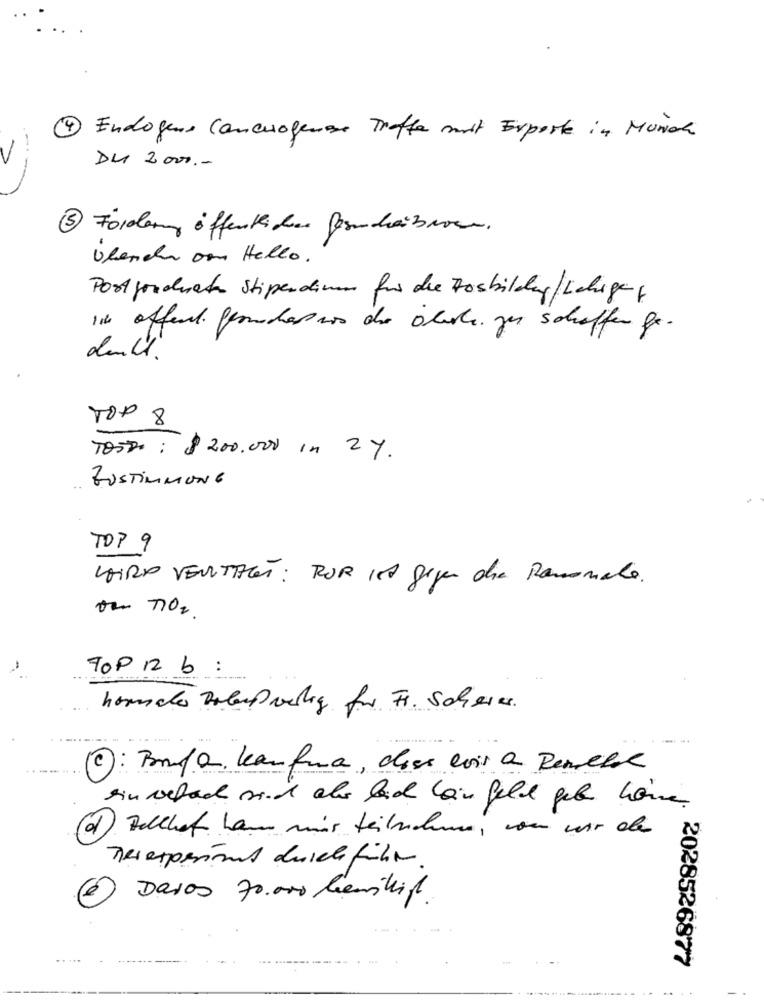
4 Endogene Cancerogenesi Treffe mit Exporte in Munde
DU 2000, -
----
3 Förderung öffentlichen Besucheizeven.
Ülenche Do Hello.
Postgraduate Stipendium für die Hosbildung/Lehigen F
In offent. Gernecasos de olacle. zes schaffen fr .
dell.
TOP 8
TOSTI : $ 200.000 in 2%.
ZUSTIMMUNG
TOP 9
KAIRO VENITAGET : POR is gegen die Ramonale.
ou MIO2.
TOP 12 b:
homeche Bolaup weling fr Fr. Scherer .
c
Bonpar kaufuna , dass evir a Renebel
ein vefach sich aber bach kein felde geb home
'd
Bellhet ham mis teilnahme, vom wir der
Reseppassions durchführen
Daros 70.000 benikif
2028526877